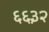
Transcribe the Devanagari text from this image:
६६३२